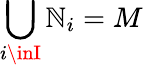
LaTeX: \bigcup_{i\inI}\mathbb{N}_{i}=M